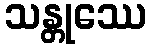
သန္တုဿေ